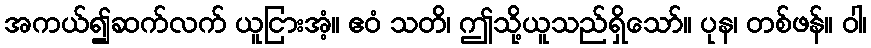
အကယ်၍ဆက်လက် ယူငြားအံ့။ ဧဝံ သတိ၊ ဤသို့ယူသည်ရှိသော်။ ပုန၊ တစ်ဖန်။ ဝါ၊